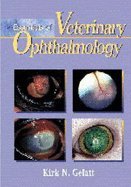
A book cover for Essentials of Veterinary Ophthalmology (00) by Gelatt, Kirk N [Paperback (2000)]; Gelat; Medical Books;